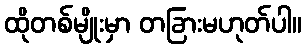
ထိုတစ်မျိုးမှာ တခြားမဟုတ်ပါ။